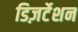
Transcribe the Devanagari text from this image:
डिज़र्टेशन